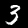
Digit: 3